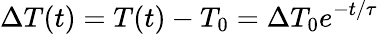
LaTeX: \Delta T(t)=T(t)-T_{0}=\Delta T_{0}e^{-t/\tau}